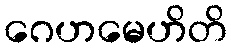
ဂေဟမေဟိတိ